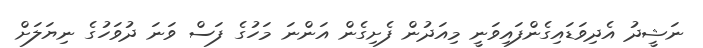
ނަޝީދު އެދިވަޑައިގެންފައިވަނީ މިއަދުން ފެށިގެން އަންނަ މަހުގެ ފަސް ވަނަ ދުވަހުގެ ނިޔަލަށް